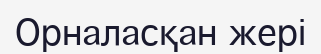
Орналасқан жері